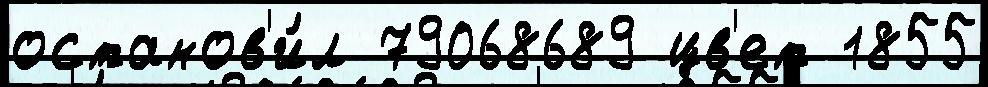
останов'и́л 79068689 цв'ет 1855